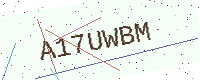
Text: A17UWBM